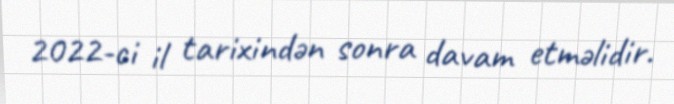
2022-ci il tarixindən sonra davam etməlidir.